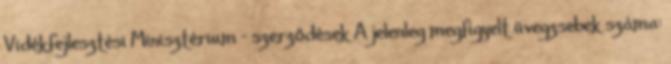
Vidékfejlesztési Minisztérium - szerződések A jelenleg megfigyelt üvegzsebek száma: